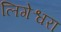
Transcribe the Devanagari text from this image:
लिगेश्वरा